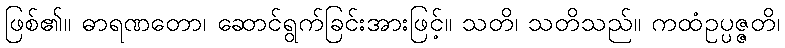
ဖြစ်၏။ ဓာရဏတော၊ ဆောင်ရွက်ခြင်းအားဖြင့်။ သတိ၊ သတိသည်။ ကထံဥပ္ပဇ္ဇတိ၊